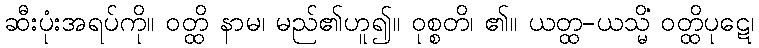
ဆီးပုံးအရပ်ကို။ ဝတ္ထိ နာမ၊ မည်၏ဟူ၍။ ဝုစ္စတိ၊ ၏။ ယတ္ထ-ယသ္မိံ ဝတ္ထိပုဋေ၊